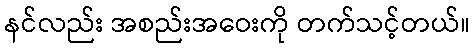
နင်လည်း အစည်းအဝေးကို တက်သင့်တယ်။